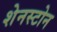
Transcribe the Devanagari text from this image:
शेनस्टोन